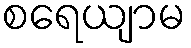
စရေယျာမ